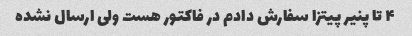
۴ تا پنیر پیتزا سفارش دادم در فاکتور هست ولی ارسال نشده